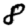
Digit: 8